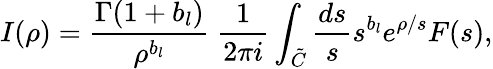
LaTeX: I(\rho)=\frac{\Gamma(1+b_{l})}{\rho^{b_{l}}}\ \frac{1}{2\pi i}\int_{\tilde{C}}\frac{ds}{s}s^{b_{l}}e^{\rho/s}F(s),